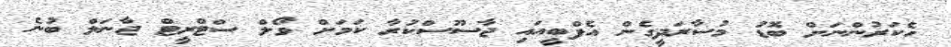
ހެކަރުންނަށް ބޮޑު މުސާރަދީގެން އެފްބީއައި ޖާސޫސްކުރާ ކަމަށް ވޯލް ސްޓްރީޓް ޖާނަލް ބުނެ